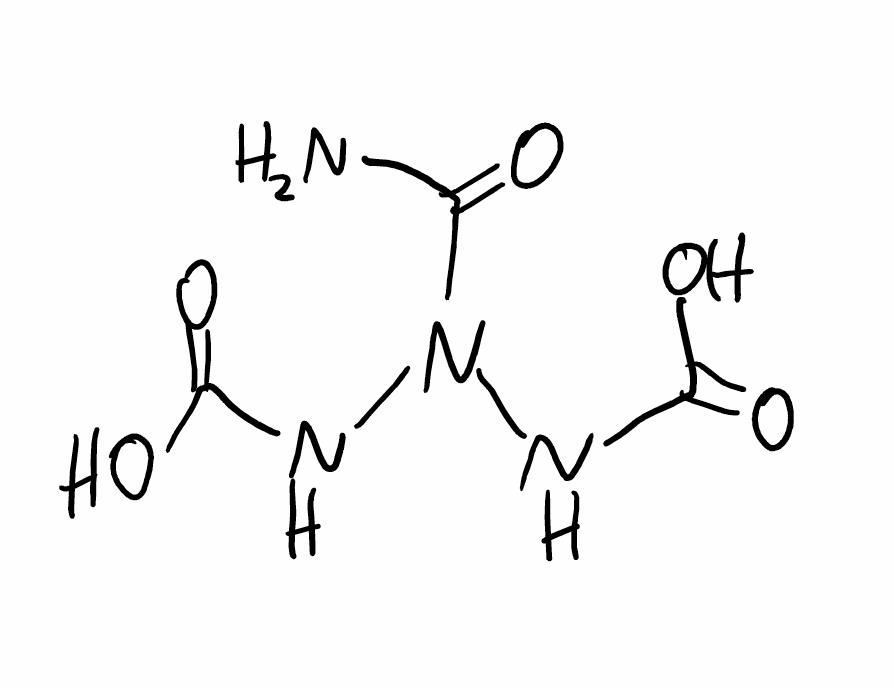
Simplified molecular-input line-entry system (SMILES) notation of the given molecule:
C(=O)(N)N(NC(=O)O)NC(=O)O